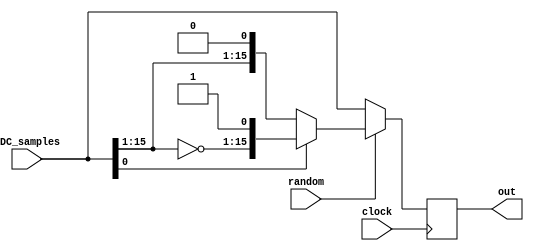
// A Digital Output Randomizer is fitted to the LT2208. This complements bits 15 to 1 if 
// bit 0 is 1. This helps to reduce any pickup by the A/D input of the digital outputs. 
// We need to de-ramdomize the LT2208 data if this is turned on. 

module random(
	input clock,
	input signed [15:0]ADC_samples,
	input random,
	output reg[15:0]out
	);
				
always @ (posedge clock) 
begin 
  if (random)begin  // RAND set so de-ramdomize
    if (ADC_samples[0])
      out <= {~ADC_samples[15:1],ADC_samples[0]};
    else
      out <= ADC_samples;
  end
  else
    out <= ADC_samples;  // not set so just copy data
end 

endmodule